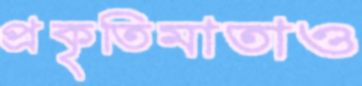
প্রকৃতিমাতাও